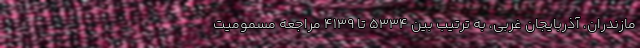
مازندران، آذربایجان غربی، به ترتیب بین 5334 تا 4139 مراجعه مسمومیت